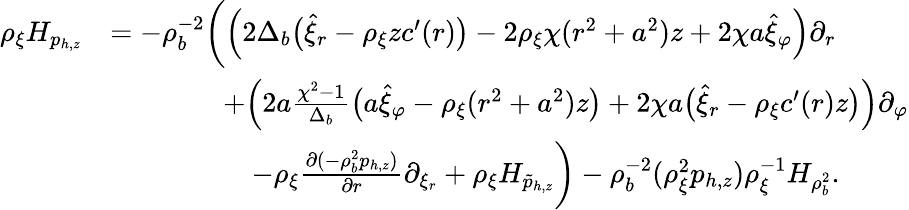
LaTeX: \begin{array}{rl}{\rho_{\xi}H_{p_{h,z}}}&{=-\rho_{b}^{-2}\bigg(\Big(2\Delta_{b}\big(\hat{\xi}_{r}-\rho_{\xi}zc^{\prime}(r)\big)-2\rho_{\xi}\chi(r^{2}+a^{2})z+2\chi a\hat{\xi}_{\varphi}\Big)\partial_{r}}\\ &{\qquad\qquad+\Big(2a\frac{\chi^{2}-1}{\Delta_{b}}\big(a\hat{\xi}_{\varphi}-\rho_{\xi}(r^{2}+a^{2})z\big)+2\chi a\big(\hat{\xi}_{r}-\rho_{\xi}c^{\prime}(r)z\big)\Big)\partial_{\varphi}}\\ &{\qquad\qquad\quad-\rho_{\xi}\frac{\partial(-\rho_{b}^{2}p_{h,z})}{\partial r}\partial_{\xi_{r}}+\rho_{\xi}H_{\tilde{p}_{h,z}}\bigg)-\rho_{b}^{-2}(\rho_{\xi}^{2}p_{h,z})\rho_{\xi}^{-1}H_{\rho_{b}^{2}}.}\end{array}